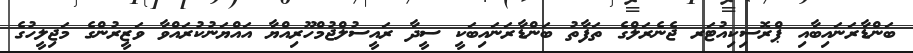
ބަންޑާރަނައިބާއި ޕްރޮސިކިއުޓަރ ޖެނެރަލްގެ ތަފާތު ބަންޑާރަނައިބަކީ ސީދާ ރައީސުލްޖުމްހޫރިއްޔާ އައްޔަނުކުރައްވާ ވަޒީރުންގެ މަޖިލީހުގެ